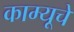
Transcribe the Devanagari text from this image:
काम्यूचे